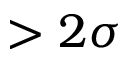
> 2 \sigma